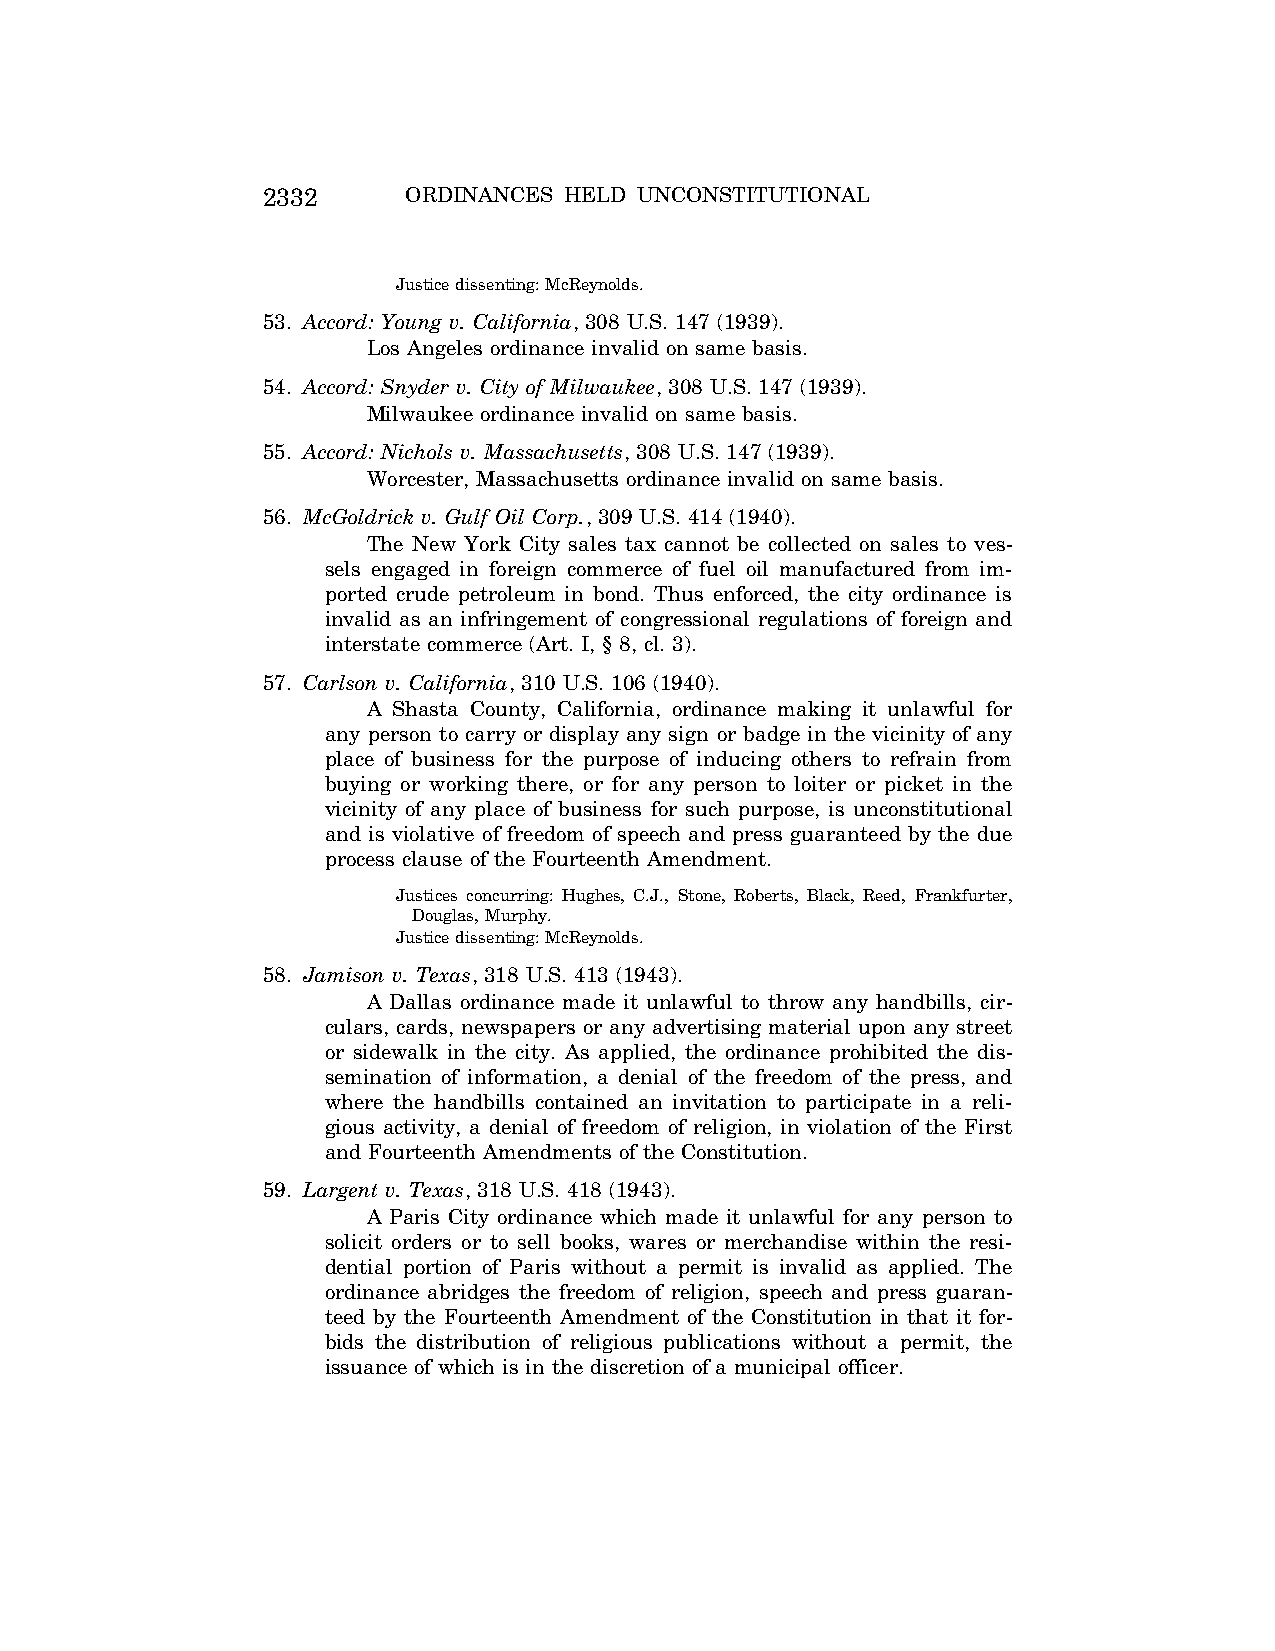
2332      ORDINANCES HELD UNCONSTITUTIONAL
 Justice dissenting: McReynolds.
 53. Accord: Young v. California, 308 U.S. 147 (1939).
 Los Angeles ordinance invalid on same basis.
 54. Accord: Snyder v. City of Milwaukee, 308 U.S. 147 (1939).
 Milwaukee ordinance invalid on same basis.
 55. Accord: Nichols v. Massachusetts, 308 U.S. 147 (1939).
 Worcester, Massachusetts ordinance invalid on same basis.
 56. McGoldrick v. Gulf Oil Corp., 309 U.S. 414 (1940).
 The New York City sales tax cannot be collected on sales to ves-
 sels engaged in foreign commerce of fuel oil manufactured from im-
 ported crude petroleum in bond. Thus enforced, the city ordinance is
 invalid as an infringement of congressional regulations of foreign and
 interstate commerce (Art. I, § 8, cl. 3).
 57. Carlson v. California, 310 U.S. 106 (1940).
 A Shasta County, California, ordinance making it unlawful for
 any person to carry or display any sign or badge in the vicinity of any
 place of business for the purpose of inducing others to refrain from
 buying or working there, or for any person to loiter or picket in the
 vicinity of any place of business for such purpose, is unconstitutional
 and is violative of freedom of speech and press guaranteed by the due
 process clause of the Fourteenth Amendment.
 Justices concurring: Hughes, C.J., Stone, Roberts, Black, Reed, Frankfurter,
 Douglas, Murphy.
 Justice dissenting: McReynolds.
 58. Jamison v. Texas, 318 U.S. 413 (1943).
 A Dallas ordinance made it unlawful to throw any handbills, cir-
 culars, cards, newspapers or any advertising material upon any street
 or sidewalk in the city. As applied, the ordinance prohibited the dis-
 semination of information, a denial of the freedom of the press, and
 where the handbills contained an invitation to participate in a reli-
 gious activity, a denial of freedom of religion, in violation of the First
 and Fourteenth Amendments of the Constitution.
 59. Largent v. Texas, 318 U.S. 418 (1943).
 A Paris City ordinance which made it unlawful for any person to
 solicit orders or to sell books, wares or merchandise within the resi-
 dential portion of Paris without a permit is invalid as applied. The
 ordinance abridges the freedom of religion, speech and press guaran-
 teed by the Fourteenth Amendment of the Constitution in that it for-
 bids the distribution of religious publications without a permit, the
 issuance of which is in the discretion of a municipal officer.
 VerDate Aug<04>2004 09:07 Sep 15, 2004 Jkt 077500 PO 00000 Frm 00009 Fmt 8222 Sfmt 8222 C:\CONAN\CON065.SGM PRFM99 PsN: CON065